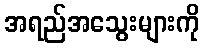
အရည်အသွေးများကို